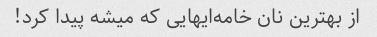
از بهترین نان خامه‌ایهایی که میشه پیدا کرد!